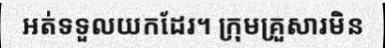
អត់ទទួលយកដែរ។ ក្រុមគ្រួសារមិន